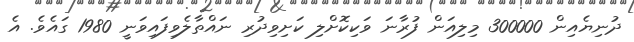
ދުނިޔެއިން 300000 މިލިއަން ފުރާނަ ވަކިކޮށްލި ކަށިވިދުރި ނައްތާލެވިފައިވަނީ 1980 ގައެވެ. އެ